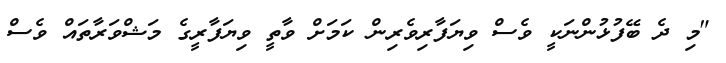
"މި ދެ ބޭފުޅުންނަކީ ވެސް ވިޔަފާރިވެރިން ކަމަށް ވާތީ ވިޔަފާރީގެ މަޝްވަރާތައް ވެސް